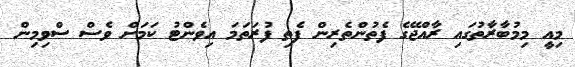
މިއީ މިމުބާރާތުގައި ރާއްޖޭގެ ފެތުންތެރިން ފެތި ފުރަތަމަ އިވެންޓު ކަމަށް ވެސް ސްވިމިން